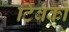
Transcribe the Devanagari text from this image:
टिबको